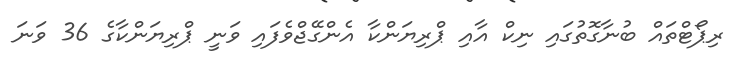
ރިޕޯޓްތައް ބުނާގޮތުގައި ނިކް އާއި ޕްރިޔަންކާ އެންގޭޖްވެފައި ވަނީ ޕްރިޔަންކާގެ 36 ވަނަ